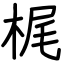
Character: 梶